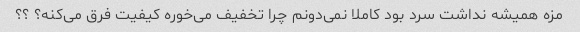
مزه همیشه نداشت سرد بود کاملا نمی‌دونم چرا تخفیف می‌خوره کیفیت فرق می‌کنه؟ ؟؟